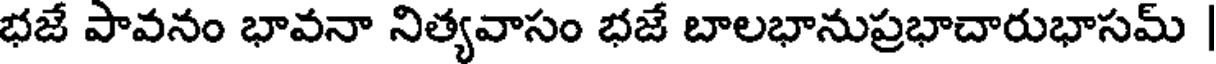
భజే పావనం భావనా నిత్యవాసం భజే బాలభానుప్రభాచారుభాసమ్